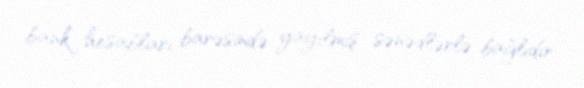
bank hesabları barəsində yayılmış sənədlərlə bağlıdır.